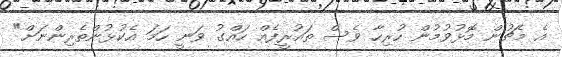
އެ މެޗުން މޮޅުވުމުން ހުރިހާ ވެސް ތައުރީފެއް ހައްގު ވަނީ ހަމަ އެކުޅުންތެރިންނަށް"